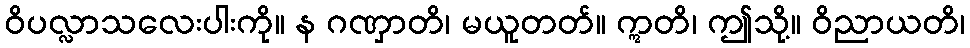
ဝိပလ္လာသလေးပါးကို။ န ဂဏှာတိ၊ မယူတတ်။ ဣတိ၊ ဤသို့။ ဝိညာယတိ၊